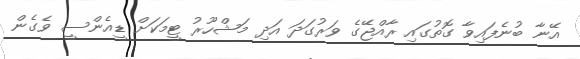
އޭނާ ބުނެފައިވާ ގޮތުގައި ރާއްޖޭގެ ވަރުގަދަ އަދި މަޝްހޫރު ޓީމަކަށް ޑީއެންސީ ވެގެން